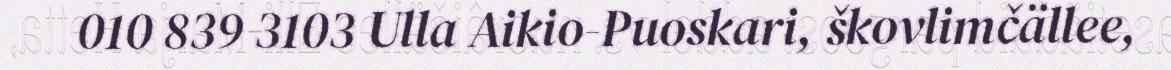
010 839 3103 Ulla Aikio-Puoskari, škovlimčällee,